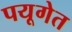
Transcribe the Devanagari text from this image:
पयूगेत